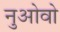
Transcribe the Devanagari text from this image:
नुओवो